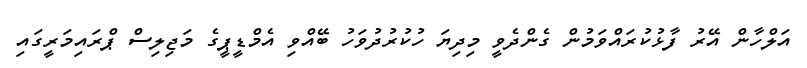
އަލްހާން އޭރު ފާޅުކުރައްވަމުން ގެންދެވީ މިދިޔަ ހުކުރުދުވަހު ބޭއްވި އެމްޑީޕީގެ މަޖިލިސް ޕްރައިމަރީގައި